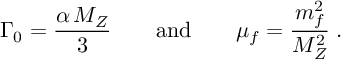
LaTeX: \Gamma _ { 0 } = \frac { \alpha \, M _ { Z } } { 3 } \qquad \mathrm { a n d } \qquad \mu _ { f } = \frac { m _ { f } ^ { 2 } } { M _ { Z } ^ { 2 } } \; .